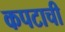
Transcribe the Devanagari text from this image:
कपटाची